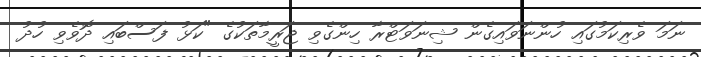
ނަމަ ވެރިކަމުގައި ހުންނަވައިގެން ޝިނަވަޓްރާ ހިންގެވި ޖަރީމާތަކުގެ "ކަޅު ފަސްބައި ދޮވެވި ހުދު